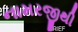
નામરજીથી